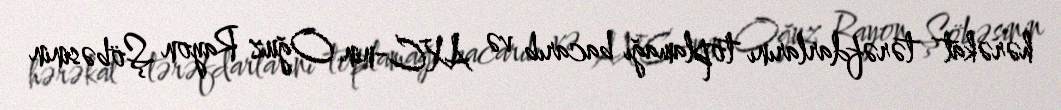
hərəkat tərəfdarlarını toplamağı bacarıb və AXC-nin Oğuz Rayon Şöbəsinin